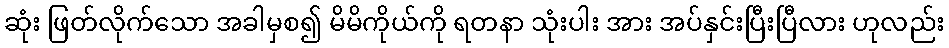
ဆုံး ဖြတ်လိုက်သော အခါမှစ၍ မိမိကိုယ်ကို ရတနာ သုံးပါး အား အပ်နှင်းပြီးပြီလား ဟုလည်း